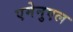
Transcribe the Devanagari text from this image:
एमेनुएल